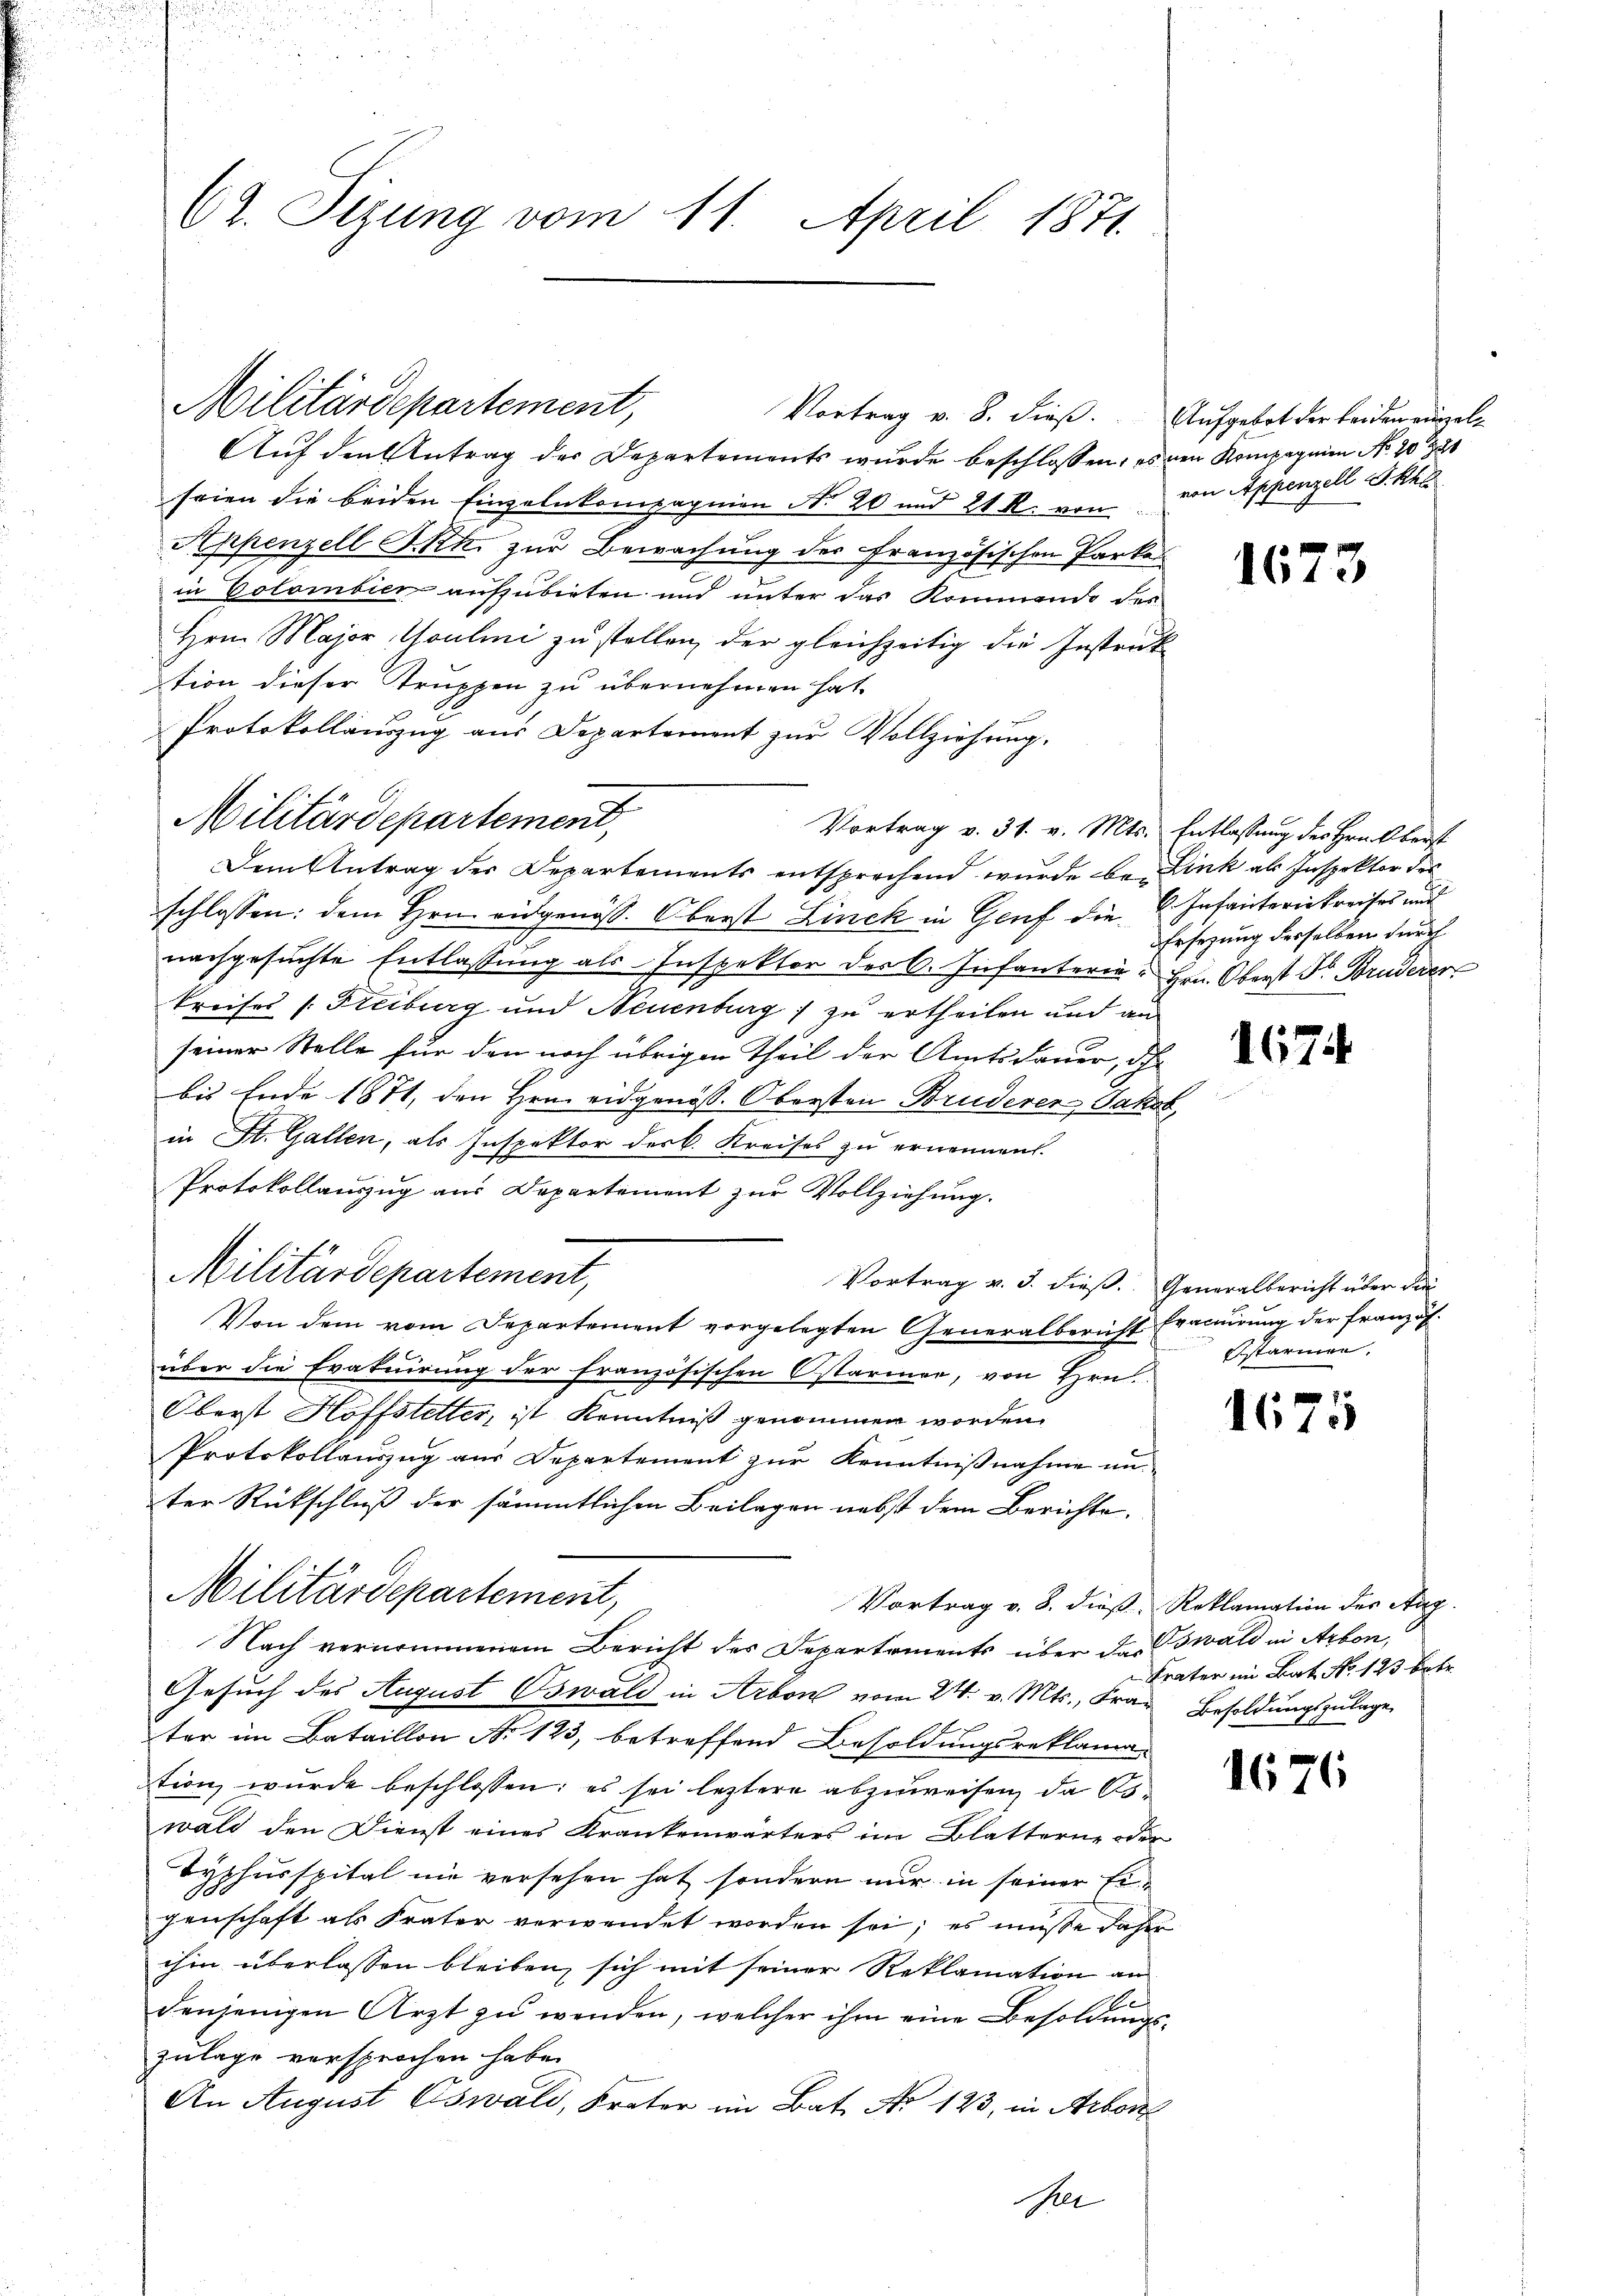
CZ. Itzung vom 11. April 1871.

Auf den Antrag der Departements wurde beschlossen, es den Kompagnien No. 20
seien die beiden Einzelnkompagnien N. 20 und 21 R. von
Appenzell I.Rh. zur Bewachung der Französischen Parke
in Colombier aufzubieten und unter das Kommende des
Hrn. Major, Moulini zu stellen, der gleichzeitig die Instruk
tion dieser Struppen zu übernehmen hat.
Protokollauszug aus Departement zur Vollziehung.
Vortrag v. 31. v. Mts. Entlassung des Hrn. Oberst
Dem Antrag der Departements entsprechend wurde be- Link als Inspektor des
schlossen: dem Hrn. eidgenöss. Oberst Linck in Genf die K. Infanteriekreises und
nachgesuchte Entlassung als Inspektor der C. Infanterie. Hrn. Oberst Dr. Bruderer
Preises /: Steiburg und Neuenburg zu ertheilen und an
seiner Stelle für den noch übrigen Theil der Amtsdauer, de
bis Ende 1871, den Hrn. eidgenöss. Obersten Bruderer Jakob,
in St. Gallen, als Inspektor der k. Kreises zu ernennen.
Protokollauszug aus Departement zur Vollziehung.
Militärdepartement,
Vortrag v. 3. dieß. Generalbericht über die
Von dem vom Departement vorgelegten Generalbericht Fracurung der Französ.
über die Eratuirung der französischen Ostarmer, von Hrn.
Oberst Hoffstetter, ist Kenntniß genommen worden.
Protokollauszug aus Departement zur Kenntnißnahme un
ter Rückschluß der sämmtlichen Beilagen nebst dem Berichte
Militärdepartement,
Vortrag v. 8. dieß, Reklamation des Stag.
Nach vernommenem Bericht des Departements über das Oswald in Arbon,
Gesuch des August Oswald in Arbon vom 24. v. Mts., Frau Besoldungszulage,
ter im Bataillon No 123, betreffend Besoldungsreklama
tion wurde beschlossen: es sei letztere abzuweisen, da Aswald den Dienst eines Krankenwärters im Blatterne oder
Typhusspital nie versehen hat, sondern nur in seiner Eigenschaft als Frater verwendet worden sei; es müsse daher
ihm überlassen bleiben, sich mit seiner Reklamation an
s
denjenigen Arzt zu wenden, welcher ihm eine Besoldungs-
zulage versprochen habe.
An August Oswald, Frater im Bat. No 123, in Arbon
er

Militärdepartement,
Vortrag v. 8. dieß. Aufgebot der beiden einzel¬

Militärdepartement,

von Appenzell I. Kl

1673

Ersezung derselben durch

1674

Bstarmen.

1675

Krater im Bat. No. 123 betr.

1676